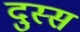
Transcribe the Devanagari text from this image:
दुस्स